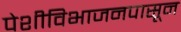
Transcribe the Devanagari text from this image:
पेशीविभाजनपासून